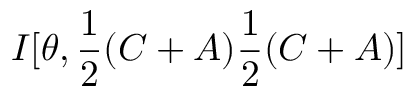
I [ \theta , \frac { 1 } { 2 } ( C + A ) \frac { 1 } { 2 } ( C + A ) ]